Investigations on Bengal jail dietaries - Number 37
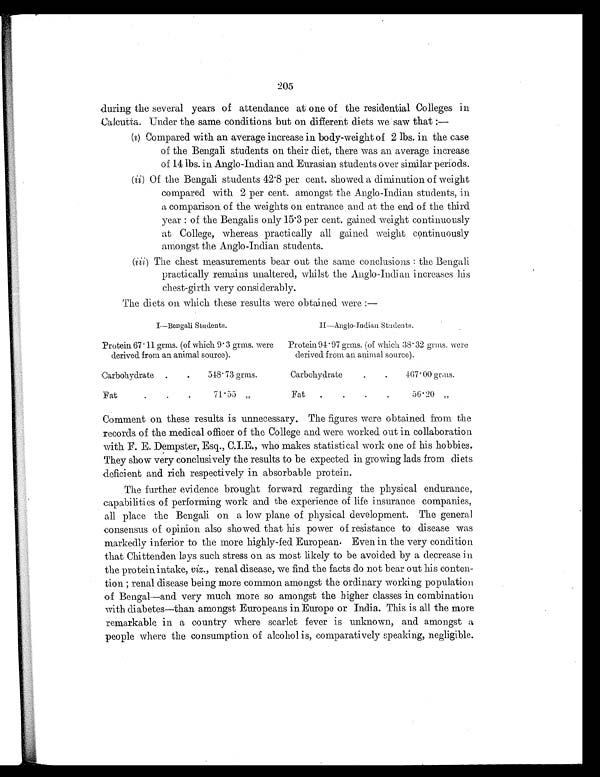
205
during the several years of attendance at one of the residential Colleges in
Calcutta. Under the same conditions but on difference diets we saw that :—
(i) Compared with an average increase in body-weight of 2 lbs. in the case
of the Bengali students on their diet, there was an average increase
of 14 lbs. in Anglo-Indian and Eurasian students over similar periods.
(ii) Of the Bengali students 42.8 per cent. showed a diminution of weight
compared with 2 per cent. amongst the Anglo-Indian students, in
a comparison of the weights on entrance and at the end of the third
year: of the Bengalis only 15.3 per cent. gained weight continuously
at College, whereas practically all gained weight continuously
amongst the Anglo-Indian students.
(iii) The chest measurements bear out the same conclusions: the Bengali
practically remains unaltered, whilst the Anglo-Indian increases his
chest-girth very considerably.
The diets on which these results were obtained were :—
I—Bengali Students.
II—Anglo-Indian Students.
Protein 67.11 grms. (of which 9.3 grms. were
derived from an animal source).
Protein 94.97 grms. (of which 38.32 grms. were
derived from an animal source).
C a r b o h y d r a t e
. . ,
5 4 8 . 7 3 g r m s .
Carbohydrate
.
.
167.00 grms.
Fat
.
.
71.55 "
Fat
.
.
.
.
56.20 "
Comment on these results is unnecessary, The figures were obtained from the
records of the medical officer of the College and were worked out in collaboration
with F. E. Dempster, Esq., C.I.E., who makes statistical work one of his hobbies.
They show very conclusively the results to be expected in growing lads from diets
deficient and rich respectively in absorbable protein.
The further evidence brought forward regarding the physical endurance,
capabilities of performing work and the experience of life insurance companions,
all place the Bengali on a low plane of physical development. The general
consensus of opinion also showed that his power of resistance to disease was
markedly inferior to the more highly-fed European. Even in the very condition
that Chittenden lays such stress on as most likely to be avoided by a decrease in
the protein intake, viz., renal disease, we find the facts do not bear out his conten-
tion renal disease being more common amongst the ordinary working population
of Bengal—and very much more so amongst the higher classes in combination
with diabetes—than amongst Europeans in Europe or India. This is all the more
remarkable in a country where scarlet fever is unknown, and amongst a
people where the consumption of alcohol is, comparatively speaking, negligible.